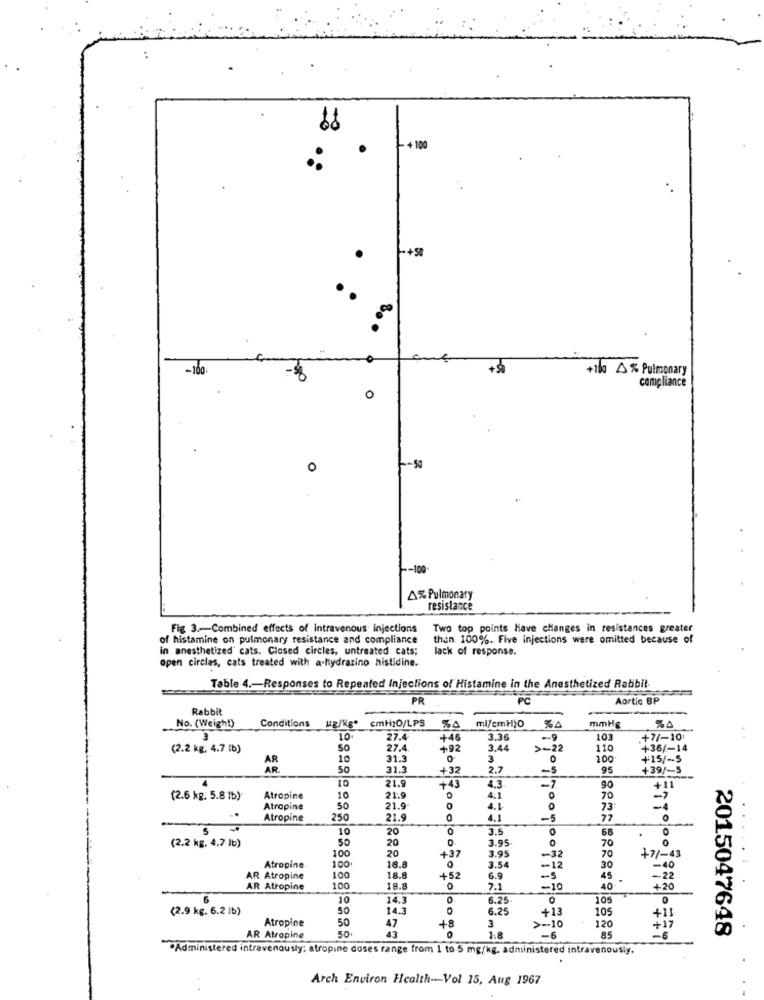
68
- + 100
3 .:
+50
-100
+100 % Pulmonary
compliance
0
0
-50
-- 100
4% Pulmonary
resistance
Fig 3 .- Combined effects of intravenous injections
Two top points Have changes in resistances greater
of histamine on pulmonary resistance and compliance
than. 100%. Five Injections were omitted because of
in anesthetized' cats. Closed circles, untreated cats;
lack of response.
open circlas, cats treated with a-hydrazino histidine.
Table 4 .- Responses to Repeated Injections of Histamine in the Anesthetized Rabbit
PR
PC
Aortic BP
Rabbit
cmH20/LPS
No. (Weight)
Conditions
HE/Kg"
50
%A
mmHg
3
10
27.4
+46
3.36
-9
10
+7/-10:
(2.2 kg, 4.7 [b)
50
27.4
+92
3.44
>-22
110
+36/-14
AR
10
31.3
3
0
100
+15/-5
50
31.3
+32
2.2
-5
95
+39/-5
21.9
4
10
-43
1,3
-7
90
+11
(2.6 kg. 5.8 1b)
Atropine
10
21.9
4.1
70
Atropine
50
21.9
0
4.1
73
-4
Atropine
250
21.9
0
4.1
-5
77
S
10
O
68
(2.2 kg, 4,7 Jb)
50
20
20
0
3.95
70
.
100
-32
+7/-43
00
20
+37
3.95
70
Atropine
100
18.8
3.54
-12
30
-40
AR Atropine
100
18.8
+52
6.9
45
-22
AR Atropine
100
18.8
0
7.1
-10
40
+20
6
10
14.3
6.25
0
105
(2.9 kg. 6.2 1b)
14.3
6.25
+13
105
Atropine
50
4.8
50
47
0
3
>-10
120
+17
2015047648
AR Atropine
43
1.8
-6
85
-6
Administered intravenously: atropine doses range from 1 to 5 mg/kg. administered intravenously.
Arch Environ Health -- Vol 15, Aug 1967